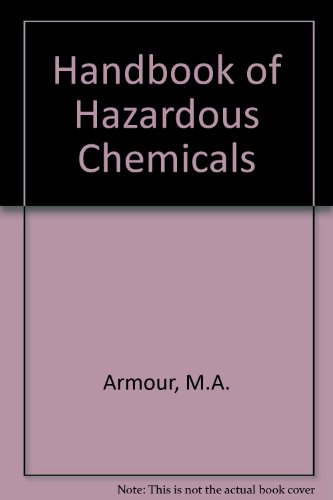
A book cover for Hazardous Laboratory Chemicals: A Disposal Guide; Margaret-Ann Armour; Science & Math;